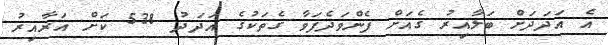
އެ އަދަދަށް ބަލާއިރު ގެއަށް ފެންވަދެފަވާ ގެތަކުގެ އަދަދު 538 ކަށް އަރާއިރު